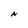
Character: N